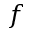
f